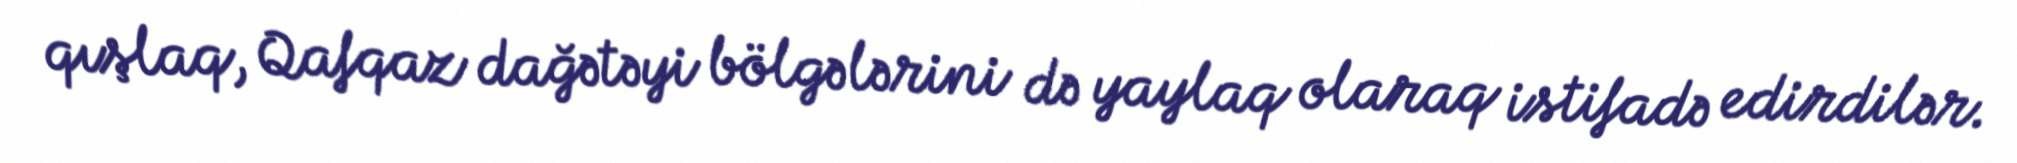
qışlaq, Qafqaz dağətəyi bölgələrini də yaylaq olaraq istifadə edirdilər.